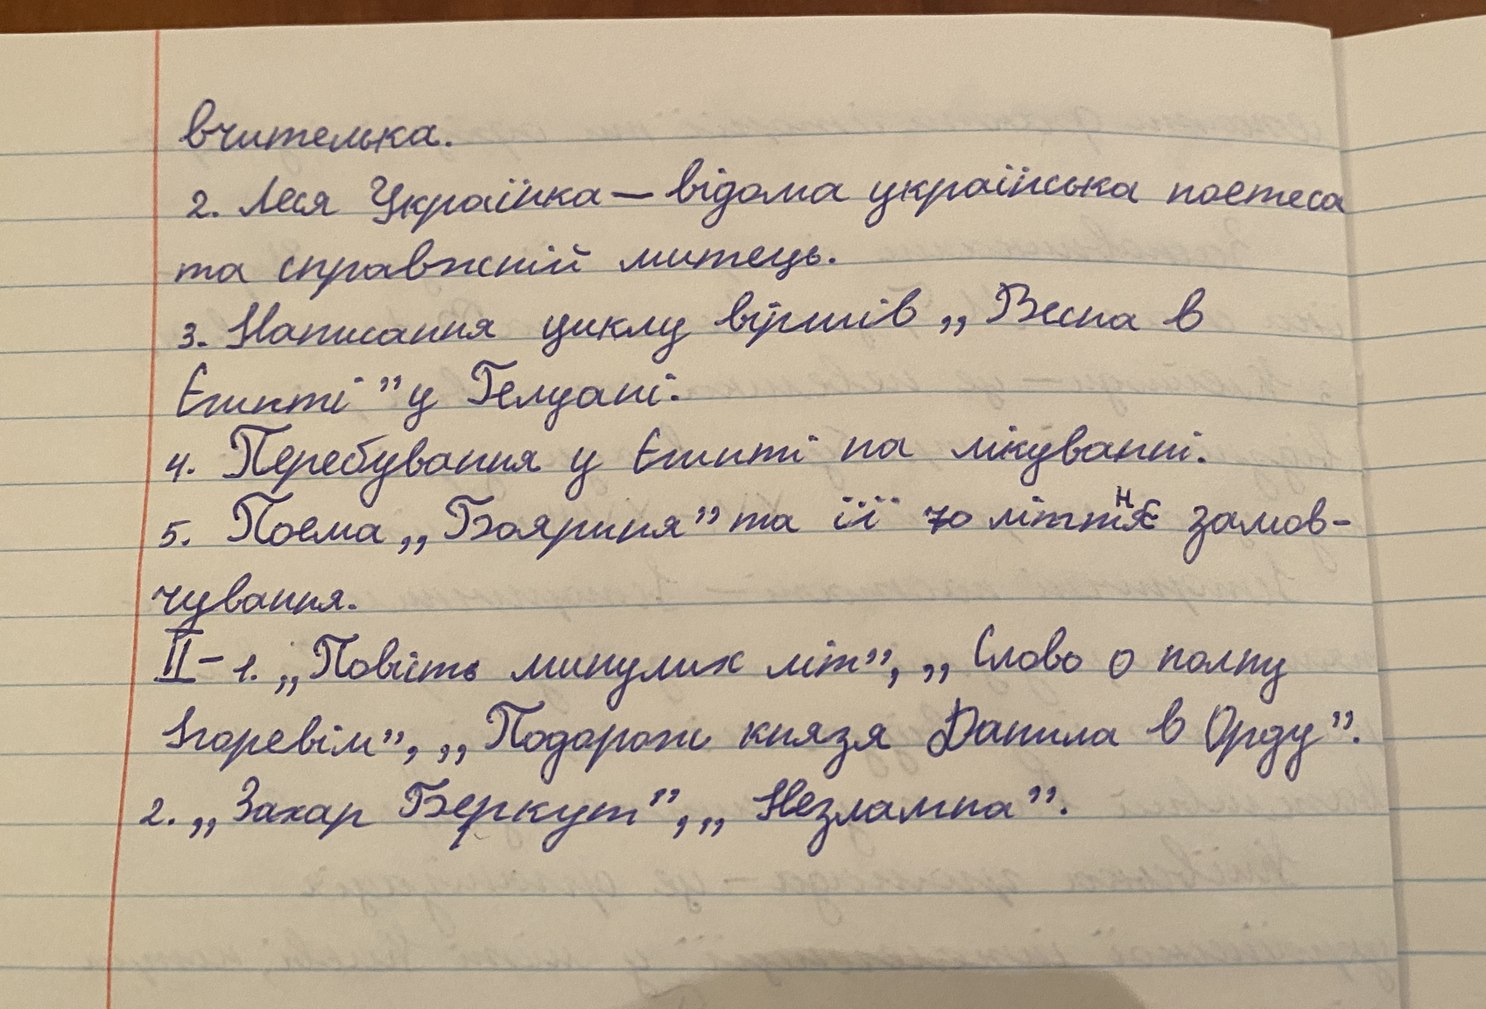
вчителька.
2. Леся Українка - відома українська поетеса
та справжній митець.
3. Написання циклу віршів ,, Весна в
Египті "у Гелуані".
4. Перебування у Єгипті на лікуванні.
5. Поема ,,Бояриня" та її 70 літтнє замов-
чування.
II-1. ,,Повість минулих літ", ,,Слово о полку
Ігоревім", ,,Подорож князя Данила в Орду".
2. ,,Захар Беркут", ,,Незламна".